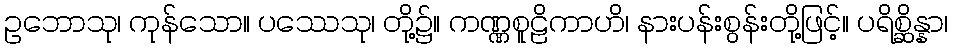
ဥဘောသု၊ ကုန်သော။ ပဿေသု၊ တို့၌။ ကဏ္ဏစူဠိကာဟိ၊ နားပန်းစွန်းတို့ဖြင့်။ ပရိစ္ဆိန္နာ၊